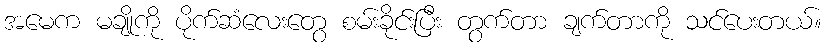
အမေက မချိုကို ပိုက်ဆံလေးတွေ စမ်းခိုင်းပြီး တွက်တာ ချက်တာကို သင်ပေးတယ်။